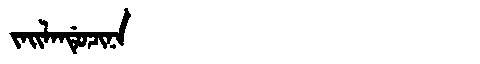
Manchu: ᠵᠠᡳᠯᠠᠨᡩᡠᠴᡳᠨᠠ
Romanization: JAILANDUCINA